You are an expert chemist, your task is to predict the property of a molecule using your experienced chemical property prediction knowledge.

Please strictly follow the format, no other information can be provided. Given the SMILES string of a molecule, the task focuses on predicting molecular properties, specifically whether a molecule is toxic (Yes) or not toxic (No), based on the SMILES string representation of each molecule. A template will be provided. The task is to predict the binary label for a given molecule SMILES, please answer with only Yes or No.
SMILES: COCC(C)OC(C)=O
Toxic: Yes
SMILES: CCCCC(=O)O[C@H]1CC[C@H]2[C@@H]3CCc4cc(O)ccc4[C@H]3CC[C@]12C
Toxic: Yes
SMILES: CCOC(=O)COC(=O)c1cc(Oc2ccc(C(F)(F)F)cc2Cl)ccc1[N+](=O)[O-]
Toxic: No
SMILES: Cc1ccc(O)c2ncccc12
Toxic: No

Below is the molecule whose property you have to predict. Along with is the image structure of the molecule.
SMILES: O=S(=O)(c1ccc(Cl)cc1)c1ccc(Cl)cc1
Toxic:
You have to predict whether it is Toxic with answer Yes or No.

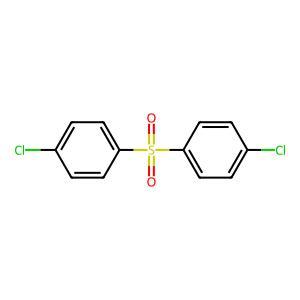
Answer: No